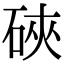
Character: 硤